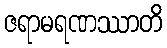
ဇရာမရဏဿာတိ